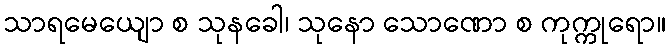
သာရမေယျော စ သုနခေါ၊ သုနော သောဏော စ ကုက္ကုရော။